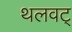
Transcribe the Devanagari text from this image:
थलवट्